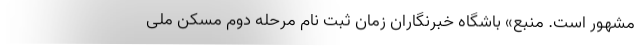
مشهور است. منبع» باشگاه خبرنگاران زمان ثبت نام مرحله دوم مسکن ملی